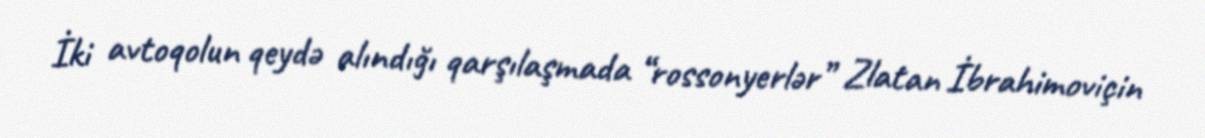
İki avtoqolun qeydə alındığı qarşılaşmada “rossonyerlər” Zlatan İbrahimoviçin